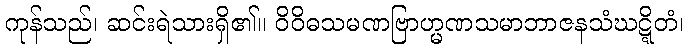
ကုန်သည်၊ ဆင်းရဲသားရှိ၏။ ဝိဝိဓသမဏဗြာဟ္မဏသမာဘာဇနသံဃဋ္ဋိတံ၊